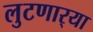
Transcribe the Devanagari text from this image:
लुटणार्‍या